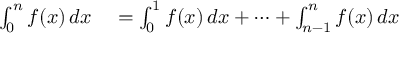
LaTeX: \begin{array} { r l } { \int _ { 0 } ^ { n } f ( x ) \, d x } & { { } = \int _ { 0 } ^ { 1 } f ( x ) \, d x + \dotsb + \int _ { n - 1 } ^ { n } f ( x ) \, d x } \end{array}